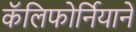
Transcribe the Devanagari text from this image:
कॅलिफोर्नियाने